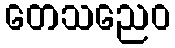
တေသညေဝ